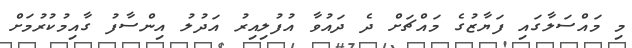
މި މައްސަލާގައި ފަޔާޒުގެ މައްޗަށް ދެ ދައުވާ އުފުލިއިރު އަދުލު އިންސާފު ގާއިމުކުރުމަށް